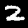
Label: 2